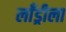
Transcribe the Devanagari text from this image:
लाँड्रीला